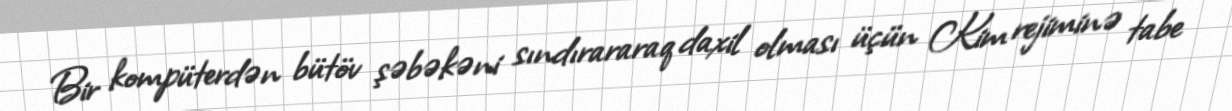
Bir kompüterdən bütöv şəbəkəni sındırararaq daxil olması üçün Kim rejiminə tabe